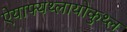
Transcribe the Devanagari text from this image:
ऐयाफ्यथ्लायोकुथ्ल